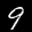
Label: 9